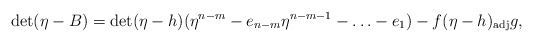
\begin{align*}\det (\eta -B)=\det(\eta-h)(\eta^{n-m}-e_{n-m}\eta^{n-m-1}-\ldots -e_1) -f(\eta-h)_{\rm adj}g,\end{align*}